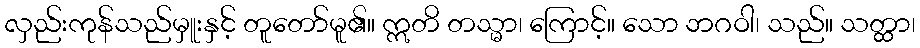
လှည်းကုန်သည်မှူးနှင့် တူတော်မူ၏။ ဣတိ တသ္မာ၊ ကြောင့်။ သော ဘဂဝါ၊ သည်။ သတ္ထာ၊